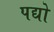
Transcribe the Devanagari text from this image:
पद्यो